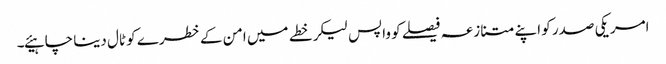
امریکی صدر کو اپنے متنازعہ فیصلے کو واپس لیکر خطے میں امن کے خطرے کو ٹال دینا چاہیئے۔